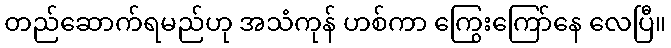
တည်ဆောက်ရမည်ဟု အသံကုန် ဟစ်ကာ ကြွေးကြော်နေ လေပြီ။